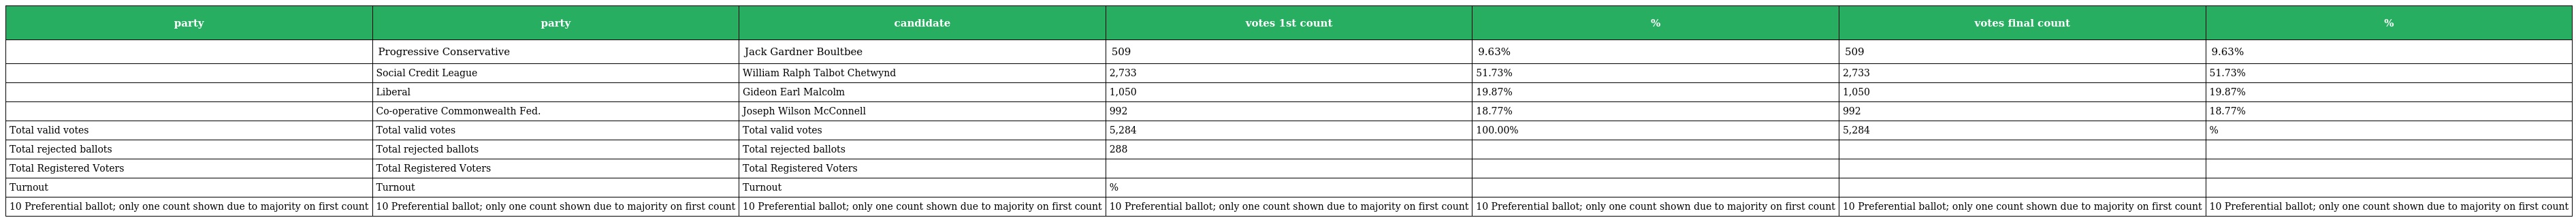
| party | party | candidate | votes 1st count | % | votes final count | % |
 | --- | --- | --- | --- | --- | --- | --- |
 |  | Progressive Conservative | Jack Gardner Boultbee | 509 | 9.63% | 509 | 9.63% |
 |  | Social Credit League | William Ralph Talbot Chetwynd | 2,733 | 51.73% | 2,733 | 51.73% |
 |  | Liberal | Gideon Earl Malcolm | 1,050 | 19.87% | 1,050 | 19.87% |
 |  | Co-operative Commonwealth Fed. | Joseph Wilson McConnell | 992 | 18.77% | 992 | 18.77% |
 | Total valid votes | Total valid votes | Total valid votes | 5,284 | 100.00% | 5,284 | % |
 | Total rejected ballots | Total rejected ballots | Total rejected ballots | 288 |  |  |  |
 | Total Registered Voters | Total Registered Voters | Total Registered Voters |  |  |  |  |
 | Turnout | Turnout | Turnout | % |  |  |  |
 | 10 Preferential ballot; only one count shown due to majority on first count | 10 Preferential ballot; only one count shown due to majority on first count | 10 Preferential ballot; only one count shown due to majority on first count | 10 Preferential ballot; only one count shown due to majority on first count | 10 Preferential ballot; only one count shown due to majority on first count | 10 Preferential ballot; only one count shown due to majority on first count | 10 Preferential ballot; only one count shown due to majority on first count |